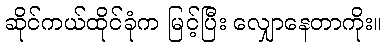
ဆိုင်ကယ်ထိုင်ခုံက မြင့်ပြီး လျှောနေတာကိုး။